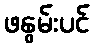
ဖနွမ်းပင်